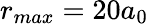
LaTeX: r_{max}=20a_{0}